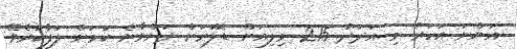
އަންނަ އަހަރު މި އަދަދު 215 މިލިއަން ޑޮލަރަށް ދަށްވާނެ ކަމަށް ލަފާކުރެވޭ